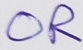
Text: OR